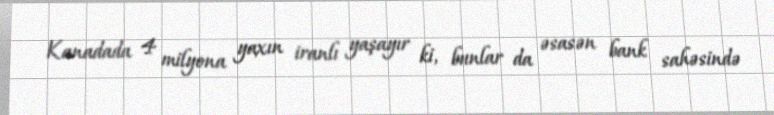
Kanadada 4 milyona yaxın iranlı yaşayır ki, bunlar da əsasən bank sahəsində